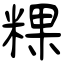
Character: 粿